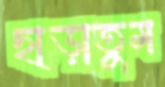
ছাড়াতুম